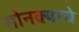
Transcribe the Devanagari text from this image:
सोनक्याचे